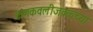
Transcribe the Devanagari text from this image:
कणकवलीजवळ्च्या